Vaccine operations Central Provinces & Berar 1922-1929 - 1922-1929
Year: 1922
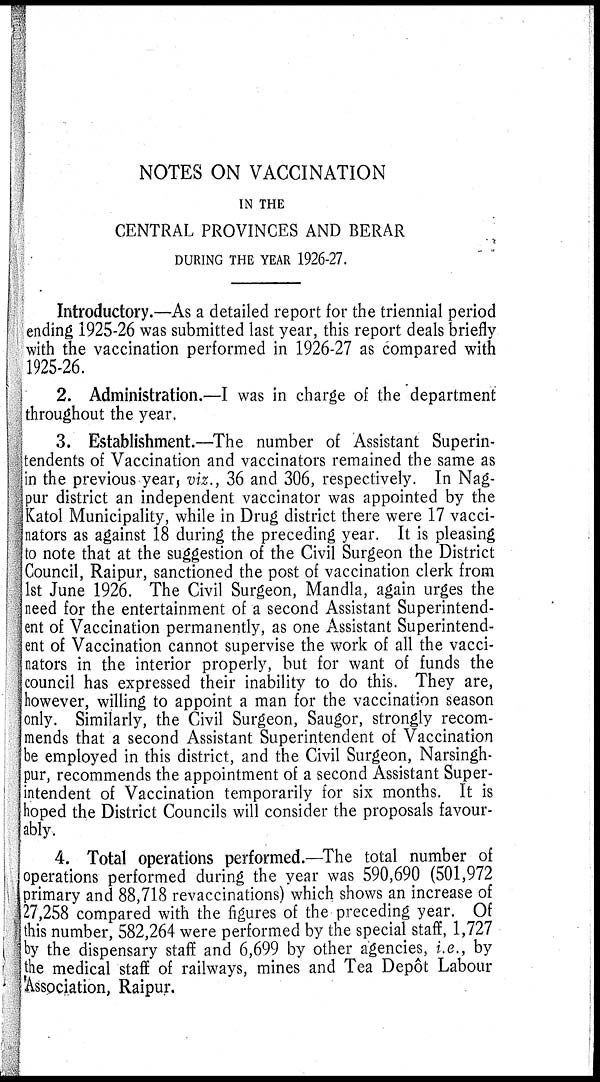
NOTES ON VACCINATION
IN THE
CENTRAL PROVINCES AND BERAR
DURING THE YEAR 1926-27.
Introductory.—As a detailed report for the triennial period
ending 1925-26 was submitted last year, this report deals briefly
with the vaccination performed in 1926-27 as compared with
1925-26.
2. Administration.—I was in charge of the department
throughout the year.
3. Establishment.—The number of Assistant Superin-
tendents of Vaccination and vaccinators remained the same as
in the previous year, viz., 36 and 306, respectively. In Nag-
pur district an independent vaccinator was appointed by the
Katol Municipality, while in Drug district there were 17 vacci-
nators as against 18 during the preceding year. It is pleasing
to note that at the suggestion of the Civil Surgeon the District
Council, Raipur, sanctioned the post of vaccination clerk from
1st June 1926. The Civil Surgeon, Mandla, again urges the
need for the entertainment of a second Assistant Superintend-
ent of Vaccination permanently, as one Assistant Superintend-
ent of Vaccination cannot supervise the work of all the vacci-
nators in the interior properly, but for want of funds the
council has expressed their inability to do this. They are,
however, willing to appoint a man for the vaccination season
only. Similarly, the Civil Surgeon, Saugor, strongly recom-
mends that a second Assistant Superintendent of Vaccination
be employed in this district, and the Civil Surgeon, Narsingh¬
pur, recommends the appointment of a second Assistant Super-
intendent of Vaccination temporarily for six months. It is
hoped the District Councils will consider the proposals favour-
ably.
4. Total operations performed.—The total number of
operations performed during the year was 590,690 (501,972
primary and 88,718 revaccinations) which shows an increase of
27,258 compared with the figures of the preceding year. Of
this number, 582,264 were performed by the special staff, 1,727
by the dispensary staff and 6,699 by other agencies, i.e., by
the medical staff of railways, mines and Tea Depôt Labour
Association, Raipur.